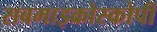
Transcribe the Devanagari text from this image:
सबमाइक्रोस्कोपी